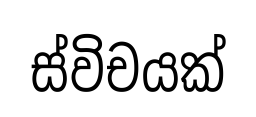
ස්විචයක්